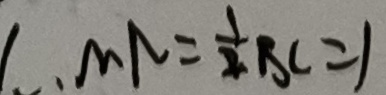
. M N = \frac { 1 } { 2 } B C = 1